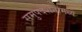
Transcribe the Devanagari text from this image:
समुपदेशनामध्ये